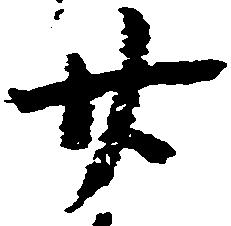
廿